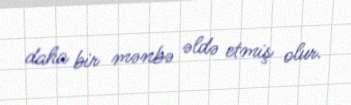
daha bir mənbə əldə etmiş olur.